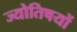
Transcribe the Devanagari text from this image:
ज्योतिषयों